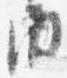
内